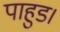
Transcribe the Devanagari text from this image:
पाहुड।